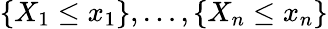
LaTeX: \{ X_{1}\leq x_{1}\} ,\ldots,\{ X_{n}\leq x_{n}\}